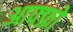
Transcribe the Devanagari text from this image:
आफ्फ्रो